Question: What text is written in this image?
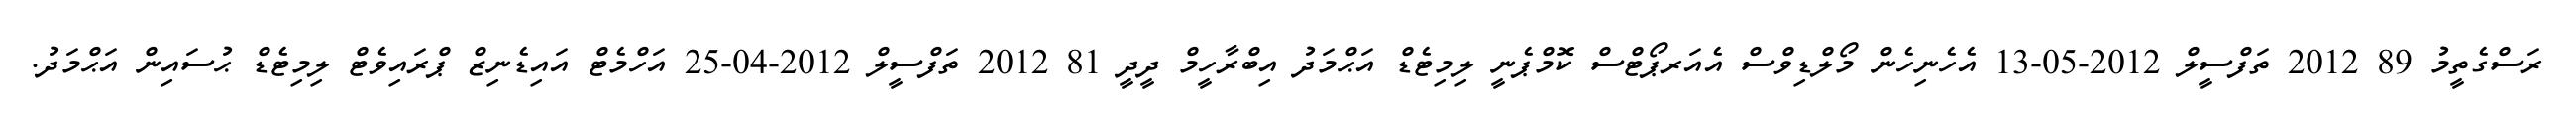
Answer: ރަސްގެތީމު 89 2012 ތަފްސީލް 2012-05-13 އެހެނިހެން މޯލްޑިވްސް އެއަރޕޯޓްސް ކޮމްޕެނީ ލިމިޓެޑް އަޙްމަދު އިބްރާހީމް ދީދީ 81 2012 ތަފްސީލް 2012-04-25 އަހްމެޓް އައިޑެނިޒް ޕްރައިވެޓް ލިމިޓެޑް ޙުސައިން އަޙްމަދު.